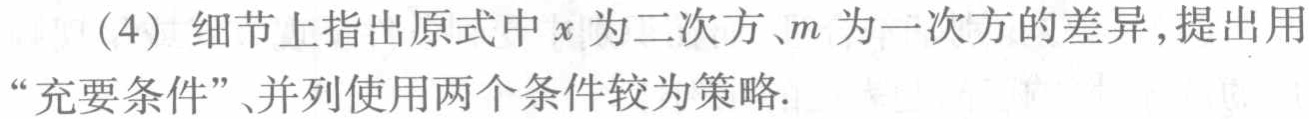
(4) 细节上指出原式中\(x\)为二次方、\(m\)为一次方的差异，提出用“充要条件”、并列使用两个条件较为策略.